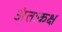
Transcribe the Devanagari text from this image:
अंतःकक्ष